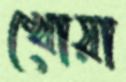
খোয়া